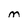
Character: m